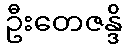
ဦးတေဇန္ဒိ